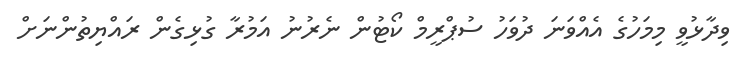
ވިދާޅުވީ މިމަހުގެ އެއްވަނަ ދުވަހު ސުޕްރީމް ކޯޓުން ނެރުނު އަމުރާ ގުޅިގެން ރައްޔިތުންނަށް